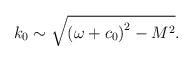
LaTeX: \begin{align*}k_0\sim \sqrt{\left( \omega +c_0\right) ^2-M^2}.\end{align*}